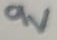
Text: 9V